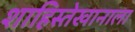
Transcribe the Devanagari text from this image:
शाहिस्तेखानाला